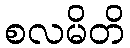
စလမိတိ